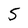
Character: 5